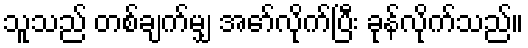
သူသည် တစ်ချက်မျှ အော်လိုက်ပြီး ခုန်လိုက်သည်။